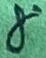
Text: 8